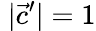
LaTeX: \; |{\vec{c}}^{\prime}|=1